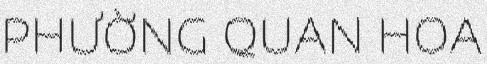
PHƯỜNG QUAN HOA